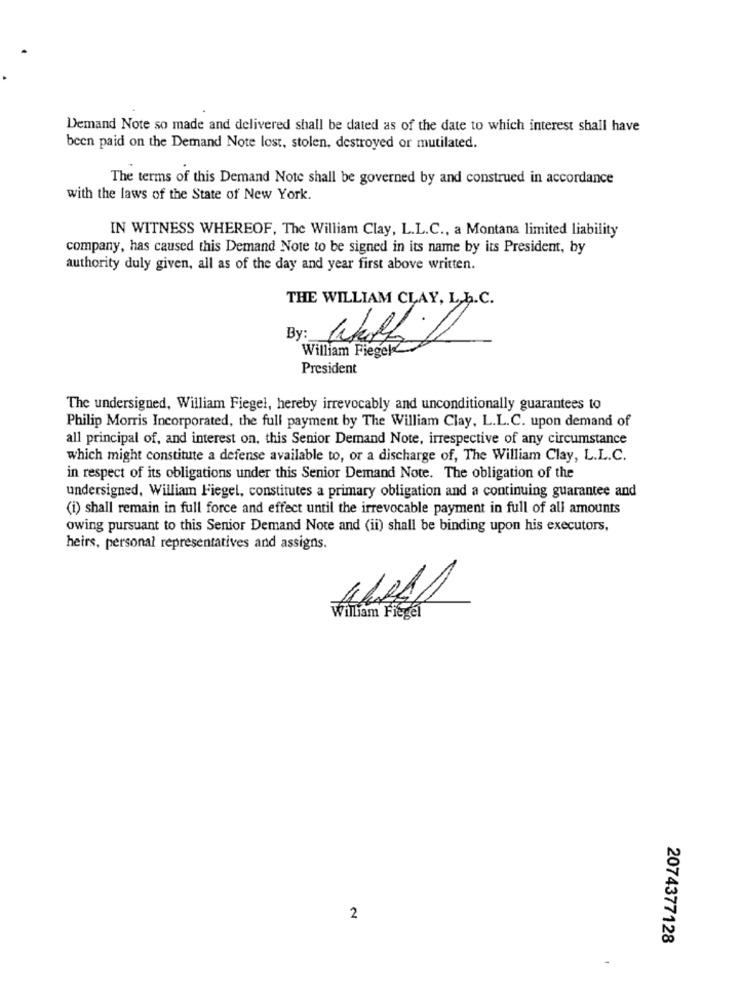
Demand Note so made and delivered shall be dated as of the date to which interest shall have
been paid on the Demand Note lost, stolen, destroyed or mutilated.
The terms of this Demand Note shall be governed by and construed in accordance
with the laws of the State of New York.
IN WITNESS WHEREOF, The William Clay, L.L.C ., a Montana limited liability
company, has caused this Demand Note to be signed in its name by its President, by
authority duly given, all as of the day and year first above written.
THE WILLIAM CLAY, L.b.C.
By:
With
William Fiegel®
President
The undersigned, William Fiegel, hereby irrevocably and unconditionally guarantees to
Philip Morris Incorporated, the full payment by The William Clay, L.L.C. upon demand of
all principal of, and interest on, this Senior Demand Note, irrespective of any circumstance
which might constitute a defense available to, or a discharge of, The William Clay, L.L.C.
in respect of its obligations under this Senior Demand Note. The obligation of the
undersigned, William Fiegel, constitutes a primary obligation and a continuing guarantee and
(i) shall remain in full force and effect until the irrevocable payment in full of all amounts
owing pursuant to this Senior Demand Note and (ii) shall be binding upon his executors,
heirs, personal representatives and assigns.
William Flegel
2
2074377128